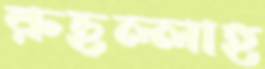
রুহুল্লাহ